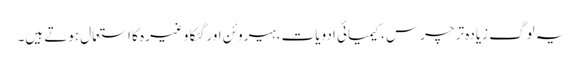
یہ لوگ زیادہ تر چرس ،کیمیائی ادویات ،ہیروئن اور گٹکا وغیرہ کا استعمال ہوتے ہیں۔